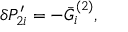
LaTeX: \delta P _ { 2 i } ^ { \prime } = - \bar { G } _ { i } ^ { ( 2 ) } ,